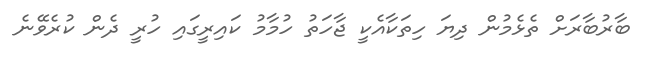
ބާރުބާރަށް ތެޅެމުން ދިޔަ ހިތަކާއެކީ ޖާހަތު ހުމާމު ކައިރީގައި ހުރީ ދެން ކުރެވޭނެ